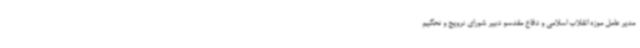
مدیر عامل موزه انقلاب اسلامی و دفاع مقدسو دبیر شورای ترویج و تحکیم